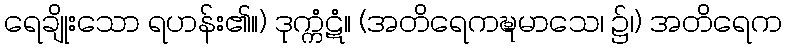
ရေချိုးသော ရဟန်း၏။) ဒုက္ကံဋံ။ (အတိရေကဍ္ဎမာသေ၊ ၌၊) အတိရေက